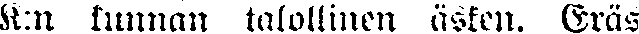
K:n kunnan talollinen äsken. Eräs